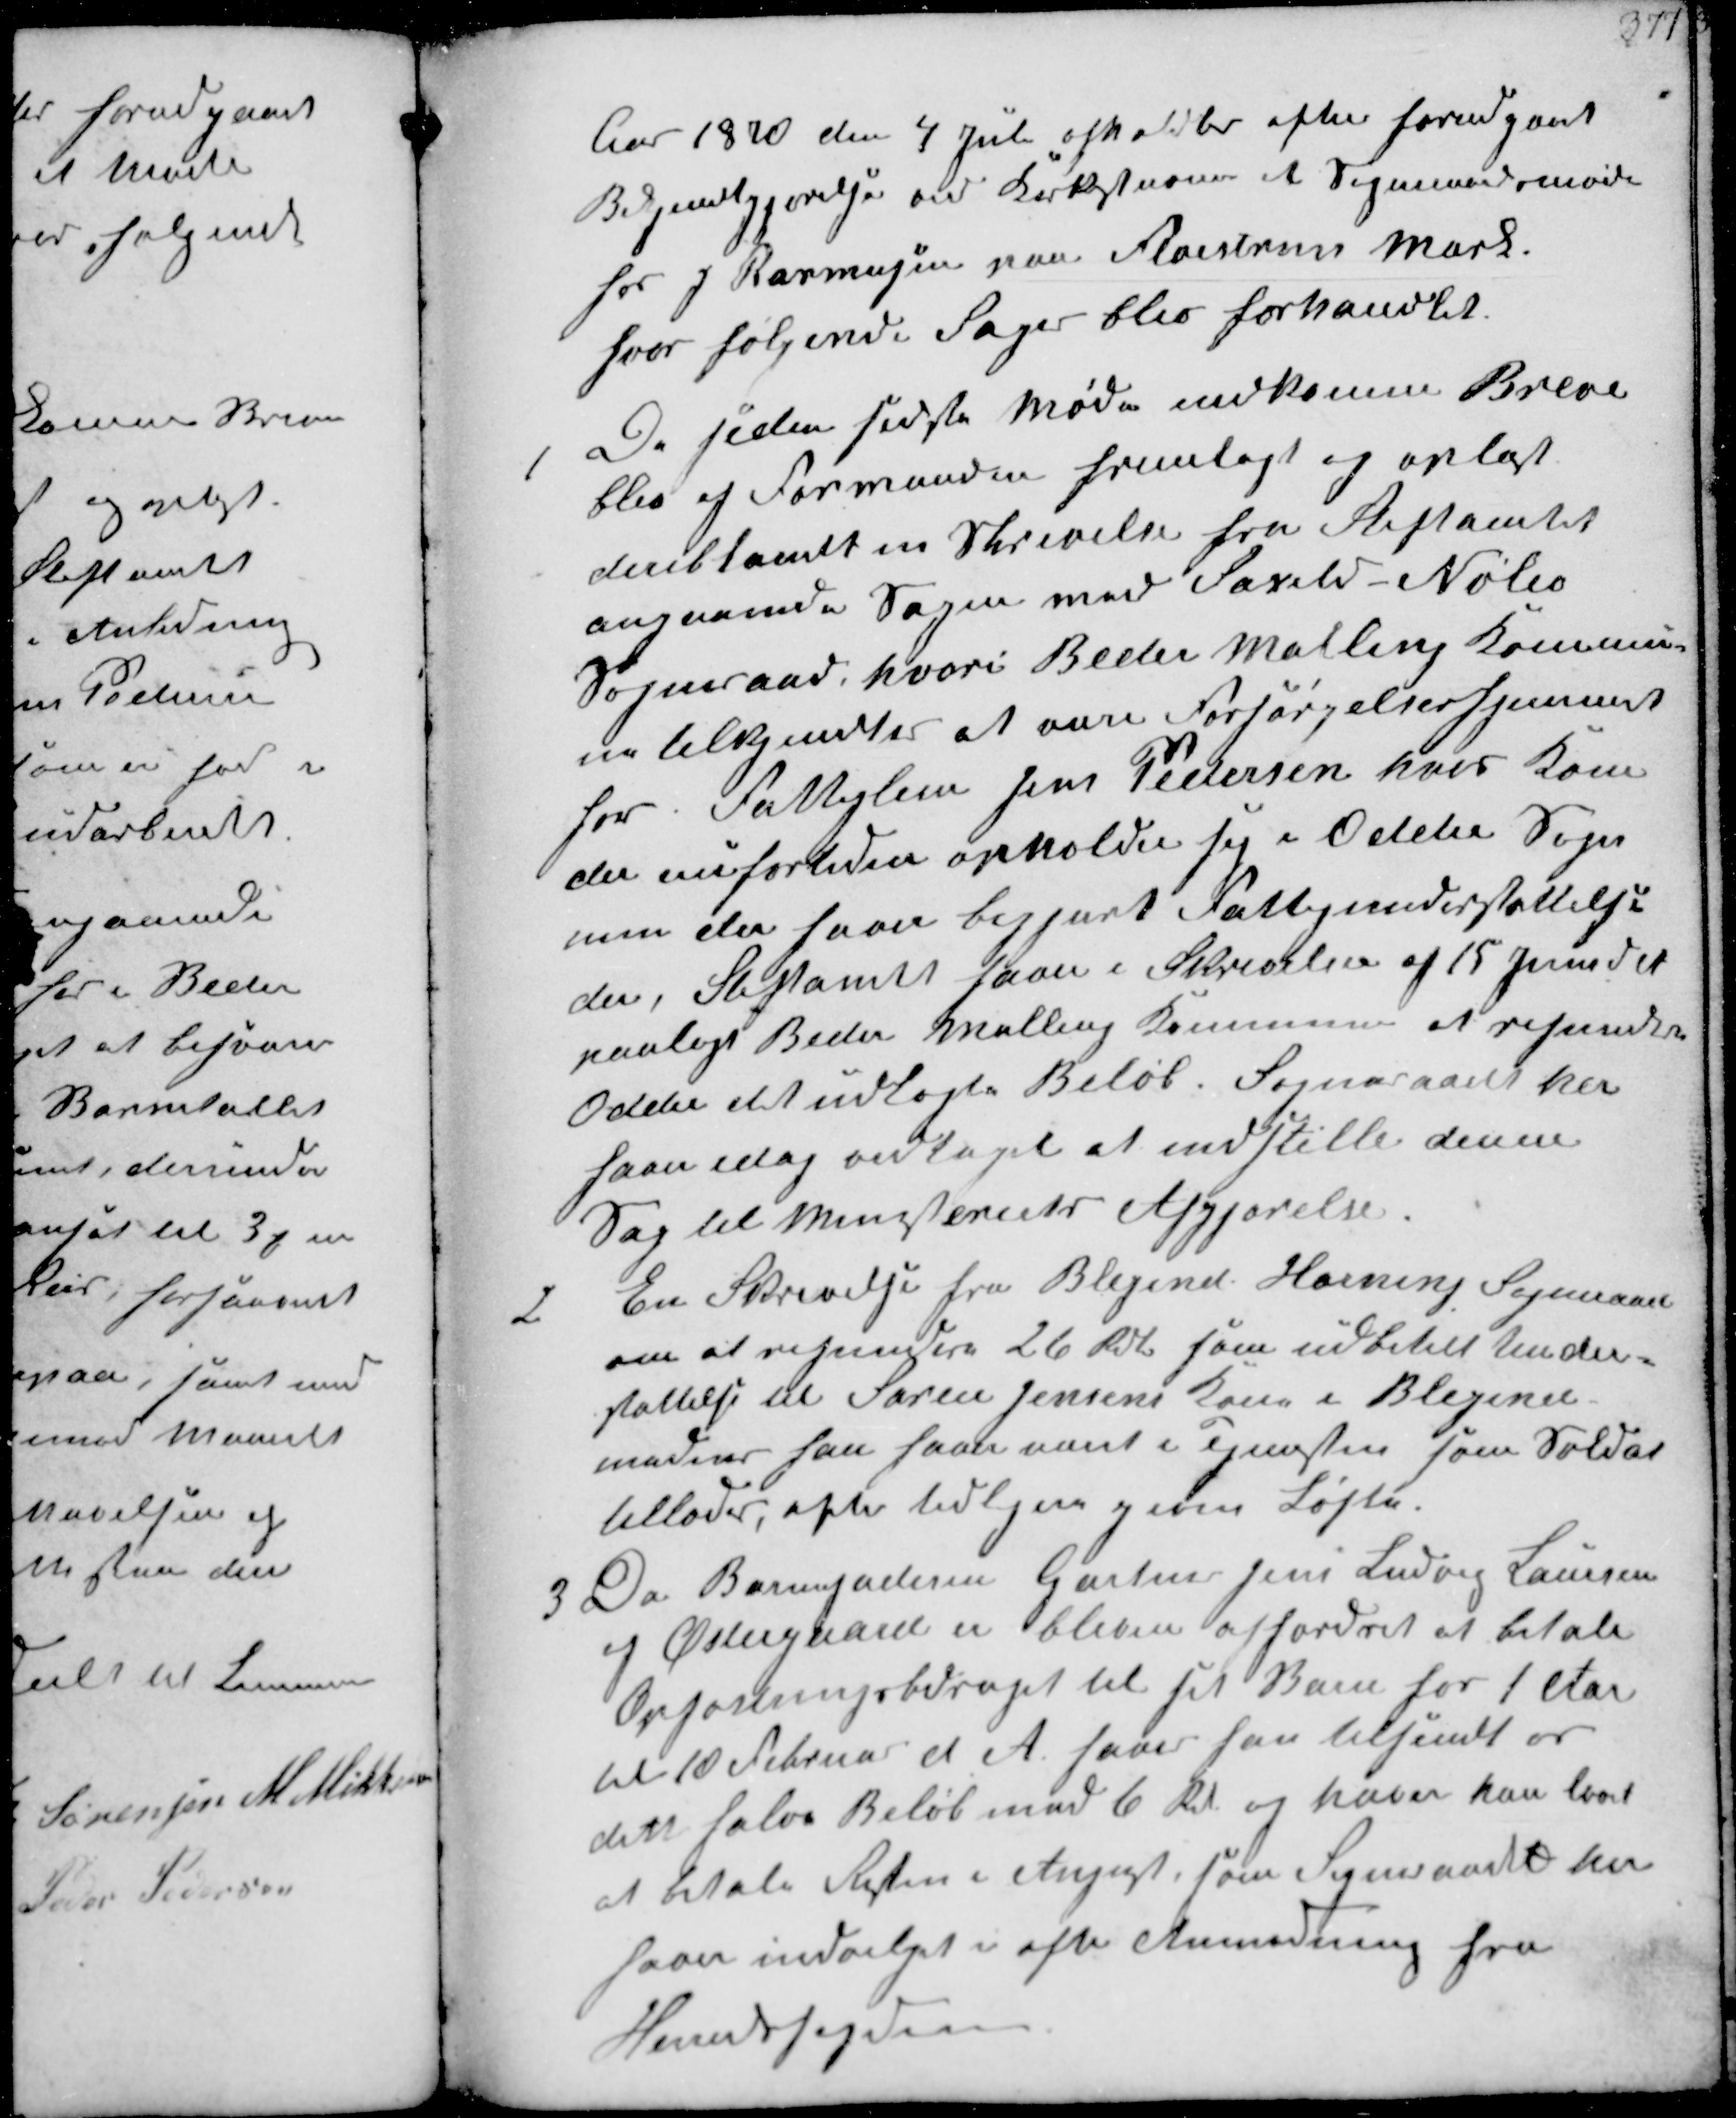
Transskription:
Aar 1870 den 4 Juli afholdtes efter forudgaaet
Bekjendtgjørelse ved Kirkestævne et Sogneraadsmøde
hos J Rasmussen paa Fløjstrup Mark.
hvor følgende Sager blev forhandlet.

1
De siden sidste Møde indkomne Breve
blev af Formanden fremlagt og oplæst.
deriblant en Skrivelse fra Stiftamtet
angaaende Sagen med Saxild Nølev
Sogneraad, hvori Beder Malling Kommu-
ne tilkjendtes at være Forsørgelseshjemmet
for Fattiglem Jens Pedersen hvis Kone
de nufortiden opholder sig i Odder Sogn
men der haver begjært Fattigunderstøttelse
der, Stiftamtet haver i Skrivelse af 15 Juni d A
paalagt Beder Malling Kommune at refundere
Odder det udlagte Beløb Sogneraadet her
haver idag vedtaget at indstille denne
Sag til Ministeriets Afgjørelse.

2
En Skrivelse fra Blegind Hørning Sogneraad
om at refundere 26 Rdl som udbetalt Under-
støttelse til Søren Jensens Kone i Blegind
medens han haver været i Tjenesten som Soldat
tillades, efter tidligere given Løfte.

3
Da Barnefaderen Gartner Jens Ludvig Laursen
af Østergaard er bleven affordret at betale
Opfostringsbidraget til sit Barn for 1 Aar.
til 10 Februar d. A. har han tilsendt os
det halve Beløb med 6 Rd og haver han lovet
at betale Resten i August som Sogneraadet nu
haver indvilget i efter Anmodning fra
Herredsfogden